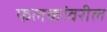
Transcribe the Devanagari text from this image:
फलकांवरील